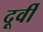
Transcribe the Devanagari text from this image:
दूर्वी